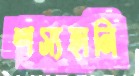
শস্যহানি